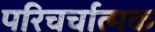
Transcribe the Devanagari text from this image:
परिचर्चात्मक